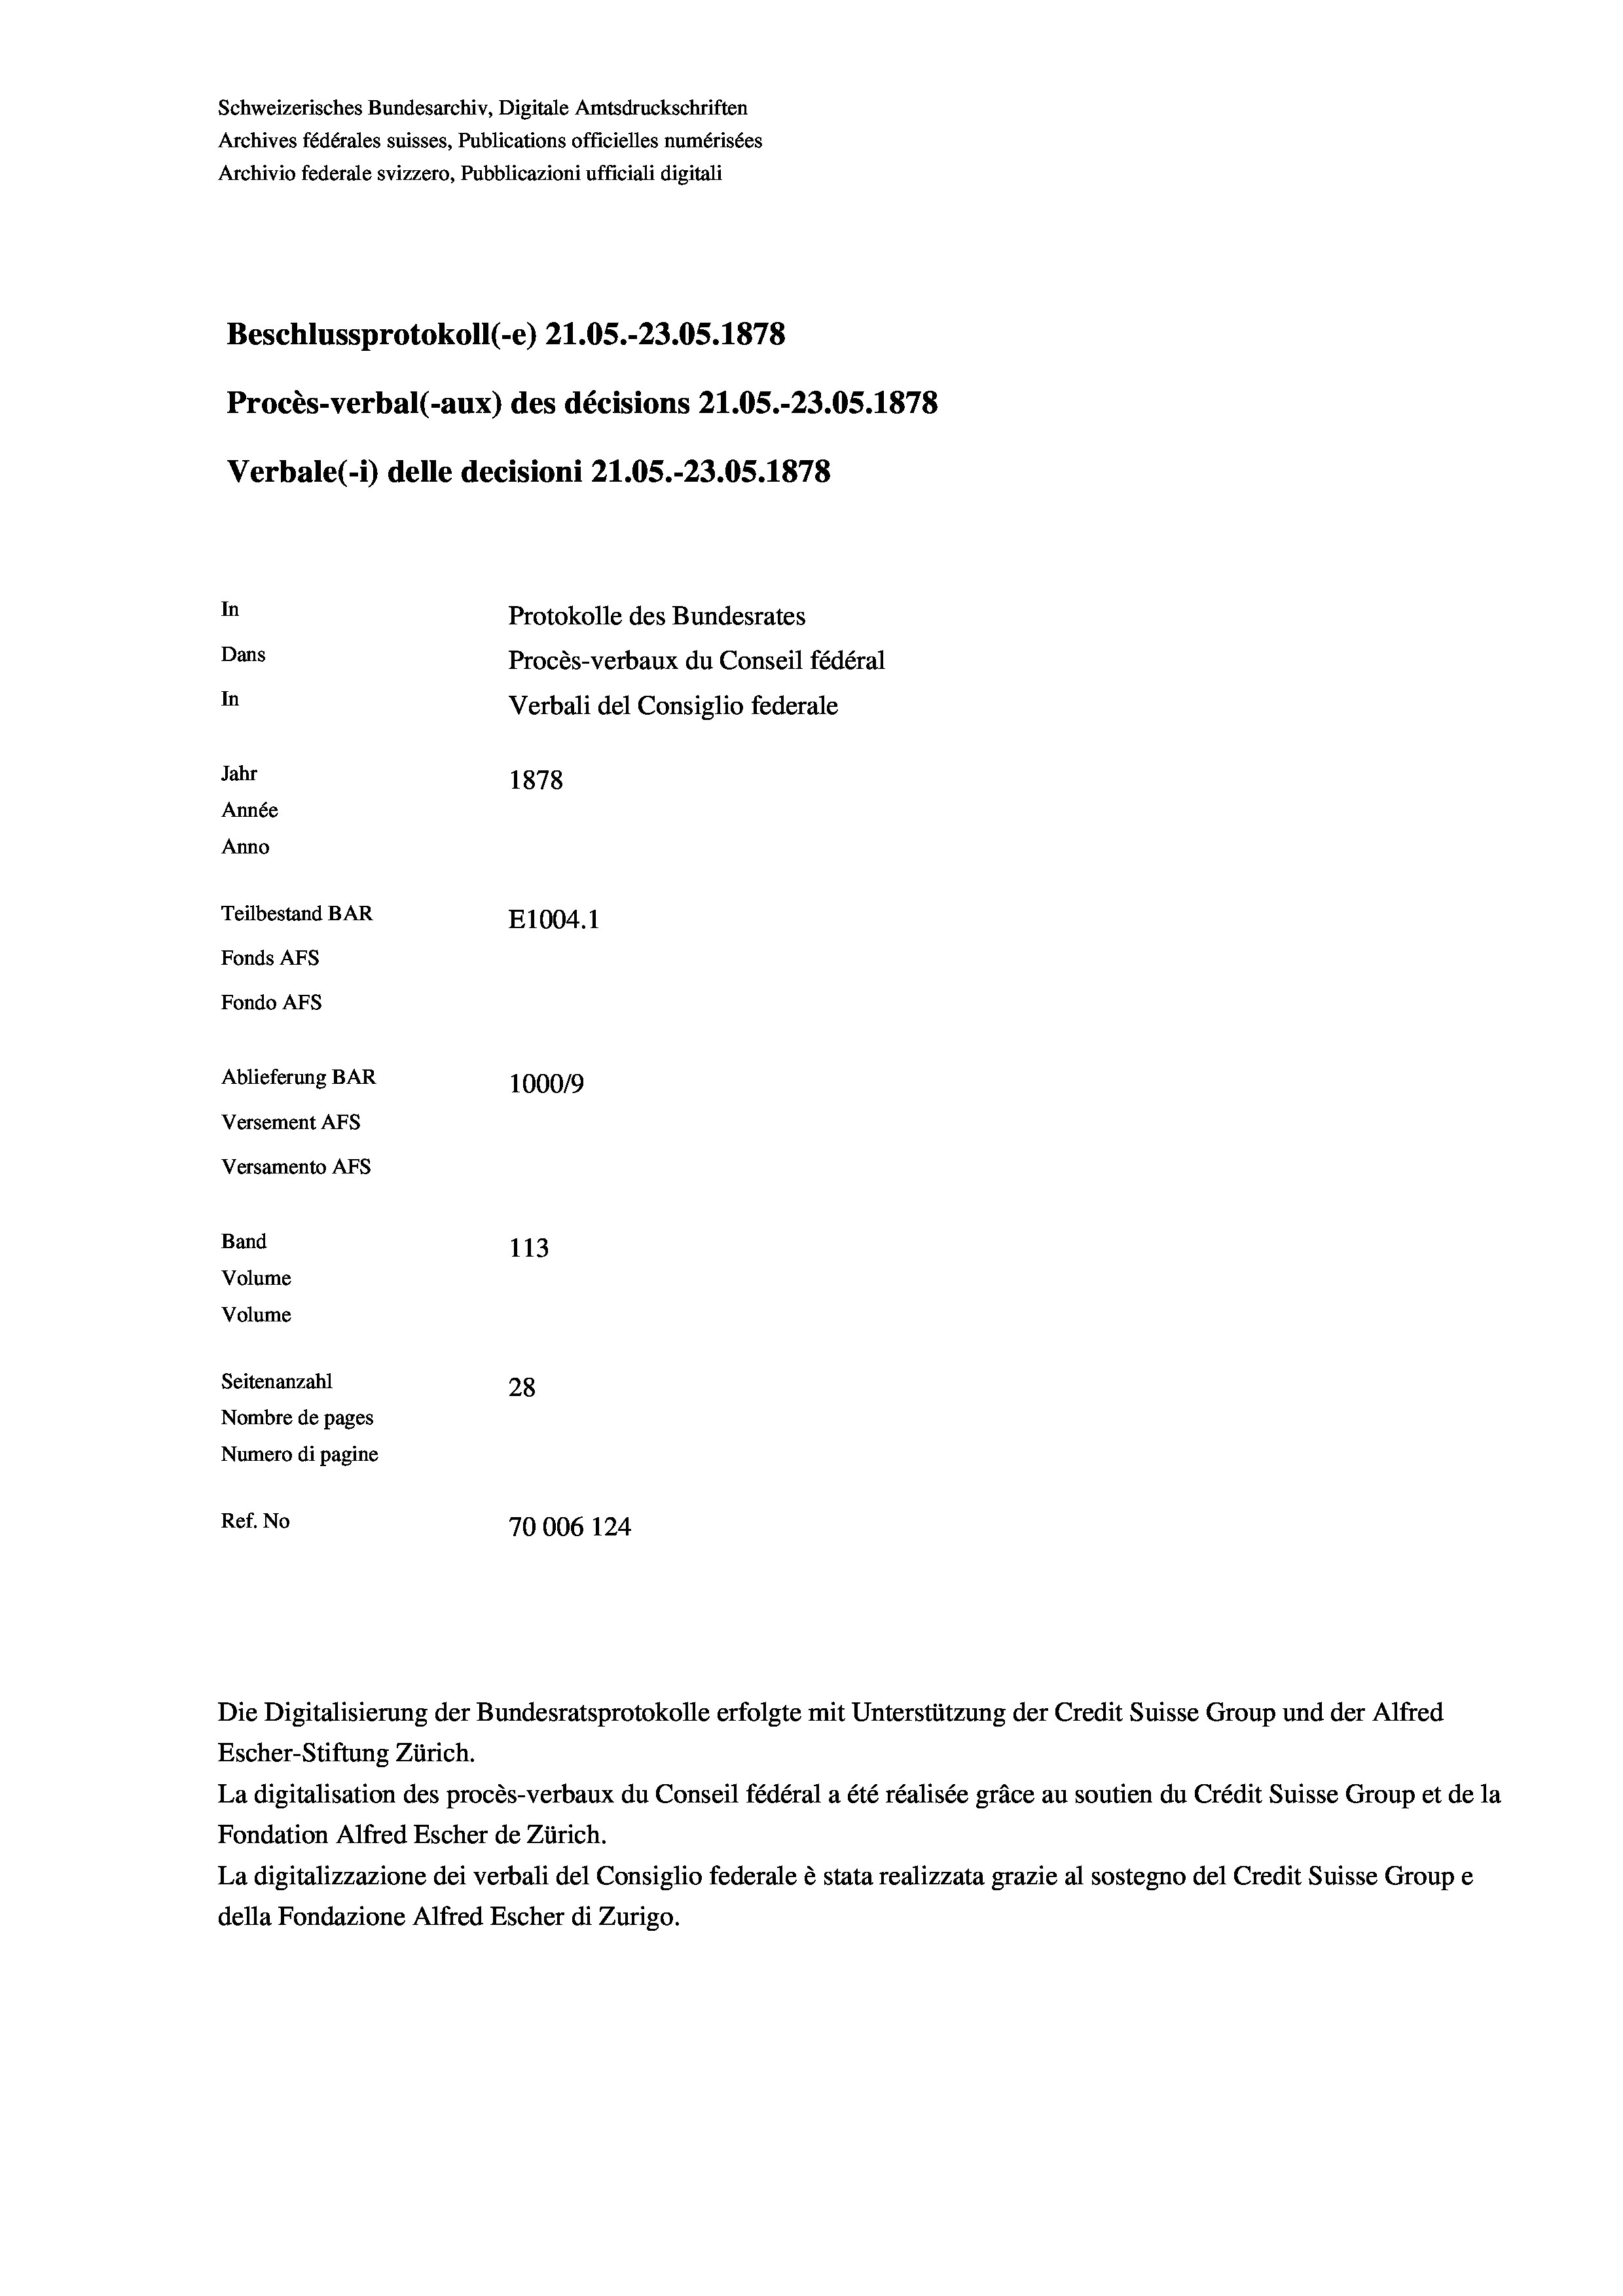
Schweizerisches Bundesarchiv, Digitale Amtsdruckschriften
Archives fédérales suisses, Publications officielles numérisées
Archivio federale svizzero, Pubblicazioni ufficiali digitali
Beschlussprotokoll (-e) 21.05.-23.05. 1878
Procès-verbal (-aux) des décisions 21.05.-23.05. 1878
Verbale (- 1) delle decisioni 21.05.-23.05. 1878
In
Protokolle des Bundesrates
Dans
Procès-verbaux du Conseil fédéral
In
Verbali del Consiglio federale
Jahr
1878
Année
Anno
Teilbestand BAR
E1004. 1
Fonds AFs
Fondo Afs
Ablieferung BAR
100019
Versement AFs
Versamento AFs
Band
113
Volume
Volume
Seitenanzahl
28
Nombre de pages
Numero di pagine
Ref. No
70006 124

Escher-Stiftung Zürich.
La digitalisation des procès-verbaux du Conseil fédéral a été réalisée gräce au soutien du Crédit Suisse Group et de la
Fondation Alfred Escher de Zürich.
La digitalizzazione dei verbali del Consiglio federale è stata realizzata grazie al sostegno del Credit Suisse Groupe
della Fondazione Alfred Escher di Zurigo.

Die Digitalisierung der Bundesratsprotokolle erfolgte mit Unterstützung der Credit Suisse Group und der Alfred